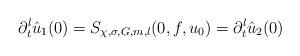
LaTeX: \begin{align*} \partial_t^l \hat{u}_1(0) = S_{\chi, \sigma,G, m,l}(0,f,u_0) = \partial_t^l \hat{u}_2(0)\end{align*}